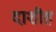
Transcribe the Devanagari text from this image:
दाशीह